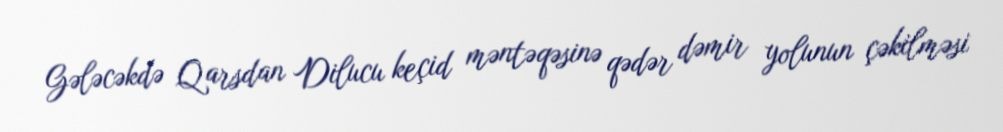
Gələcəkdə Qarsdan Dilucu keçid məntəqəsinə qədər dəmir yolunun çəkilməsi